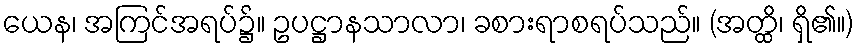
ယေန၊ အကြင်အရပ်၌။ ဥပဋ္ဌာနသာလာ၊ ခစားရာစရပ်သည်။ (အတ္ထိ၊ ရှိ၏။)